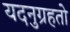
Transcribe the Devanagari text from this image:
यदनुग्रहतो